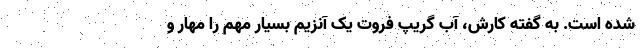
شده است. به گفته کارش، آب گریپ فروت یک آنزیم بسیار مهم را مهار و